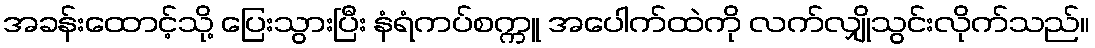
အခန်းထောင့်သို့ ပြေးသွားပြီး နံရံကပ်စက္ကူ အပေါက်ထဲကို လက်လျှိုသွင်းလိုက်သည်။